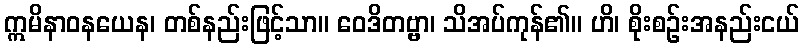
ဣမိနာဝနယေန၊ တစ်နည်းဖြင့်သာ။ ဝေဒိတဗ္ဗာ၊ သိအပ်ကုန်၏။ ဟိ၊ စိုးစဉ်းအနည်းငယ်